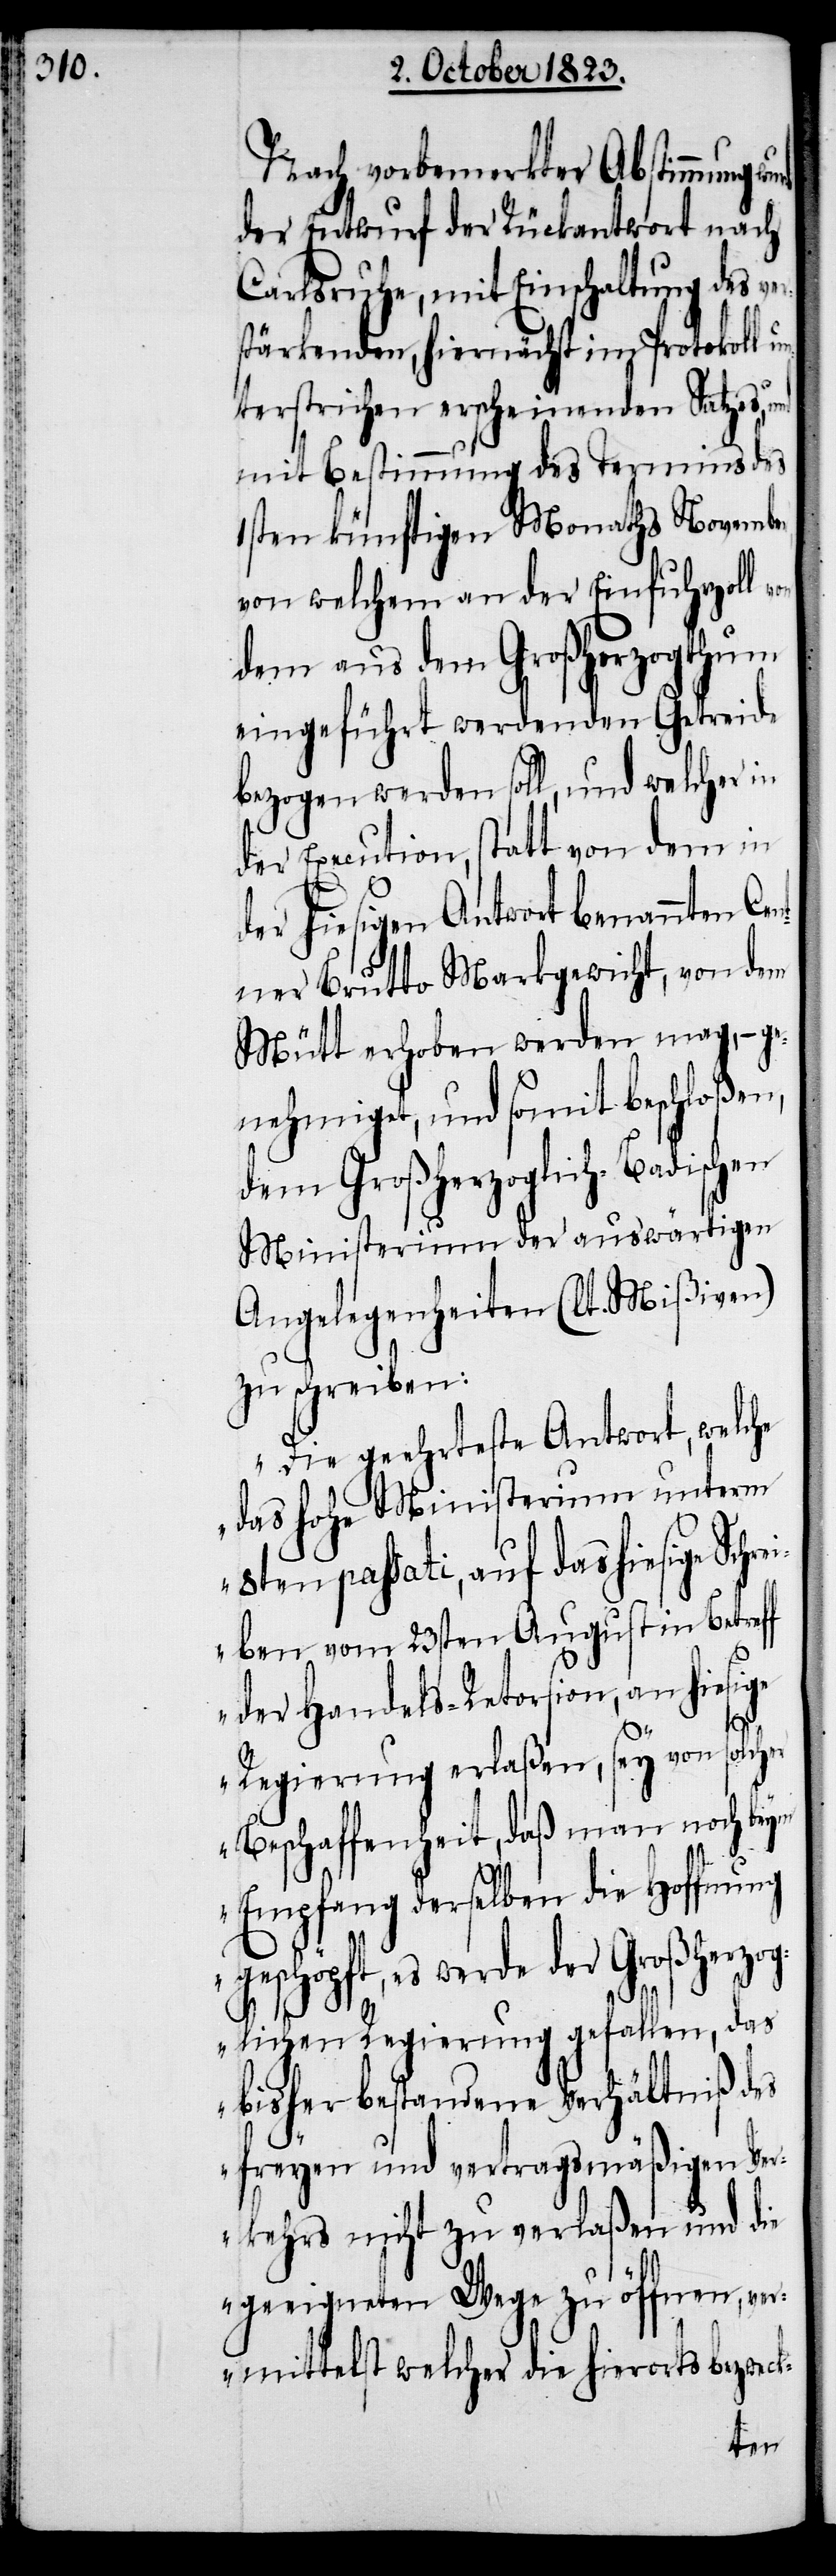
Nach vorbemerkter Abstimmung
der Entwurf der Rückantwort nach
Carlsruhe, mit Einhaltung des ve¬
stärkenden, hiernächst im Protokoll
terstrichen erscheinenden Satzes,
mit Bestimmung des Termins des
1sten künftigen Monaths November,
von welchem an der Einfuhrzoll
dem aus dem Großherzogthum
eingeführt werdenden Getreide
bezogen werden soll, und welcher in
der Execution, statt von dem in
er hiesigen Antwort benannten Ce¬
ntner Brutto Markgewicht, von dem
Mütt erhoben werden mag, − ge¬
nehmiget, und somit beschloßen,
dem Großherzoglich-Badischen
Ministerium der auswärtigen
Angelegenheiten (lt. Mißiven)
zu schreiben:
„Die geehrteste Antwort, welche
das hohe Ministerium unterm
8ten passati, auf das hiesige Sch¬
reiben vom 23sten August in Betref¬
f der Handels-Retorsion, an hiesige
d¬
Regierung erlaßen, sey von solcher
Beschaffenheit, daß man noch beym
Empfang derselben die Hoffnung
geschöpft, es werde der Großherzo¬
glichen Regierung gefallen, das
bisher bestandene Verhältniß des
freyen und vertragsmäßigen Ver¬
kehrs nicht zu verlaßen und die
geeigneten Wege zu öffnen, ver¬
mittelst welcher die hierorts bezweck-